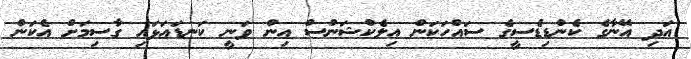
އަދި އޭނާގެ ކެންޑިޑެސީގެ ސައްހަކަން އިލެކްޝަންސް އިން ވަނީ ކަނޑައަޅައި ގާސިމަށް އެކަން